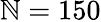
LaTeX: \mathbb{N}=150